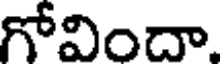
గోవిందా.